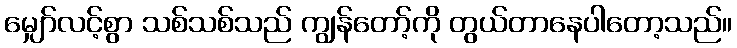
မျှော်လင့်စွာ သစ်သစ်သည် ကျွန်တော့်ကို တွယ်တာနေပါတော့သည်။